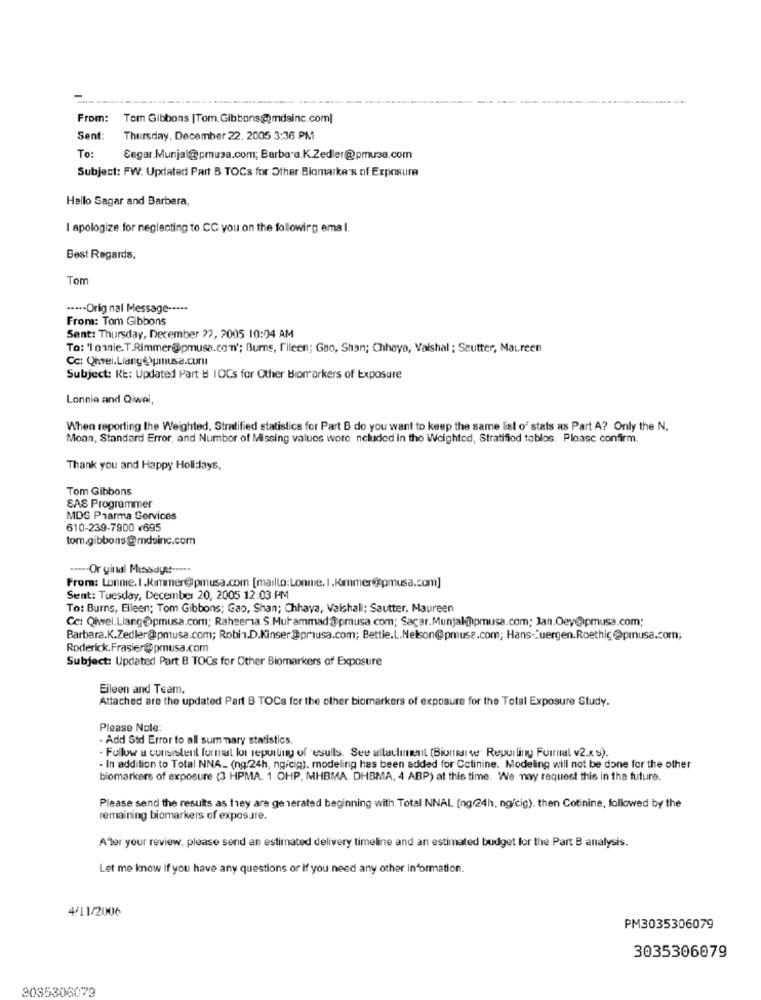
From:
Tom Gibbons [Tom.Gibbons@mdsinc.com]
Sent:
Thursday, December 22, 2005 3:36 PM
To:
Segar.Munjal@pmusa.com; Barbara.K.Zedler@pmusa.com
Subject: FW: Updated Part B TOCs for Other Biomarke's of Exposure
Hallo Sagar and Barbara,
I apologize for neglecting to CC you on the following ema l.
Best Regards,
Tom
....- Orig nal Message --...
From: Tom Gibbons
Sent: Thursday, December 22, 2005 10:04 AM
To: '1 onnie. T.Rimmer@pmusa.comn'; Burns, Fileen; Gao, Shan; Chhaya, Vaishal ; Seutter, Maureen
Cc: Qhsei.Liang@\pmusa.cur
Subject: RE: Updated Part # IOCs for Other Biomarkers of Exposure
Lonnie and Qiwei,
When reporting the Weighted, Stratified statistics for Part B do you want to keep the same list o' stats as Part A? Only the N.
Moan, Standard Error, and Number of Missing values wore ncluded in the Weightod, Stratifiod tablos. Please confirm.
Thank you and Happy Holidays,
Tom Gibbons
SAS Programmer
MDS Pharma Services
610-239-7900 ¥695
tom.gibbons-@mdsinc.com
..... Or ginal Messidye -....
From: Lonme. I.Kimmer@pmusa.com [mailto:Lonnie. I.Kommer@pmusa.com]
Sent: Tuesday, December 20, 2005 12:03 PM
To: Burns, Elleen; Tom Gibbons; Gao, Shan; Chhaya, Vaishali; Sautter, Maureen
Cc: Qiwel.Liang@pmusa.com; Rahseria.S.Muhammad@pmusa.com; Sacar.Munjal@ipmusa.com; Jan.Oey@pmusa.com;
Barbara.K.Zedler@pmusa.com; Robin.D.Kinser@priusa.com; Bettie.L.Nelson@pmuse.com; Hans-Juergen.Roethic@prusa.com;
Roderick.Frasier@pmusa.com
Subject: Updated Part B TOCs for Other Biomarkers of Exposure
Eileen and Team.
Attached are the updated Part B TOCs for the other biomarkers of exposure for the Total Exposure Study.
Please Nole:
- Add Std Error to all summary statistics.
- Follow a consistent format for reporting of esulls. See allaulinenil (Bionsalve" Repulling Forral v2.x s).
- In addition to Total NNA_ (ng:24h, ngicig). modeling has been added for Cetinine. Modeling will not be done for the other
biomarkers of exposure (3 HPMA. 1 OHP. MHBMA. DHBMA, 4 ABP) at this time. We may request this in the future.
Please send the results as they are generated beginning with Total NNAL [ng(24h, ng/cig). then Cotinine, followed by the
remaining biomarkers of exposure.
After your review, please send an estimated delivery timeline and an estimated budget for the Part B analysis.
Let me know if you have any questions or if you need any other information.
4/11/2006
PM3035306079
3035306079
2085306079